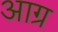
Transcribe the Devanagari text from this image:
आग्र